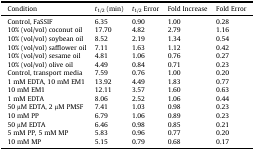
<table><thead><tr><td><b>Condition</b></td><td><b><i>t</i><sub>1/2</sub> (min)</b></td><td><b><i>t</i><sub>1/2</sub> Error</b></td><td><b>Fold Increase</b></td><td><b>Fold Error</b></td></tr></thead><tbody><tr><td>Control, FaSSIF</td><td>6.35</td><td>0.90</td><td>1.00</td><td>0.28</td></tr><tr><td>10% (vol/vol) coconut oil</td><td>17.70</td><td>4.82</td><td>2.79</td><td>1.16</td></tr><tr><td>10% (vol/vol) soybean oil</td><td>8.52</td><td>2.19</td><td>1.34</td><td>0.54</td></tr><tr><td>10% (vol/vol) safflower oil</td><td>7.11</td><td>1.63</td><td>1.12</td><td>0.42</td></tr><tr><td>10% (vol/vol) sesame oil</td><td>4.81</td><td>1.06</td><td>0.76</td><td>0.27</td></tr><tr><td>10% (vol/vol) olive oil</td><td>4.49</td><td>0.84</td><td>0.71</td><td>0.23</td></tr><tr><td>Control, transport media</td><td>7.59</td><td>0.76</td><td>1.00</td><td>0.20</td></tr><tr><td>1 mM EDTA, 10 mM EM1</td><td>13.92</td><td>4.49</td><td>1.83</td><td>0.77</td></tr><tr><td>10 mM EM1</td><td>12.11</td><td>3.57</td><td>1.60</td><td>0.63</td></tr><tr><td>1 mM EDTA</td><td>8.06</td><td>2.52</td><td>1.06</td><td>0.44</td></tr><tr><td>50 μM EDTA, 2 μM PMSF</td><td>7.41</td><td>1.03</td><td>0.98</td><td>0.23</td></tr><tr><td>10 mM PP</td><td>6.79</td><td>1.06</td><td>0.89</td><td>0.23</td></tr><tr><td>50 μM EDTA</td><td>6.46</td><td>0.98</td><td>0.85</td><td>0.21</td></tr><tr><td>5 mM PP, 5 mM MP</td><td>5.83</td><td>0.96</td><td>0.77</td><td>0.20</td></tr><tr><td>10 mM MP</td><td>5.15</td><td>0.79</td><td>0.68</td><td>0.17</td></tr></tbody></table>